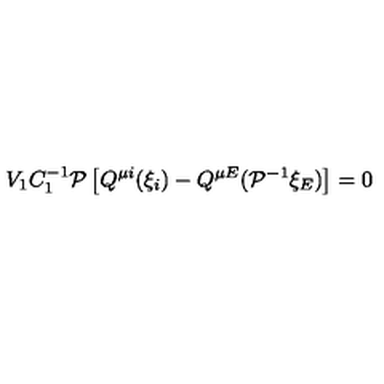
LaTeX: V _ { 1 } C _ { 1 } ^ { - 1 } { \cal P } \left[ Q ^ { \mu i } ( \xi _ { i } ) - Q ^ { \mu E } ( { \cal P } ^ { - 1 } \xi _ { E } ) \right] = 0